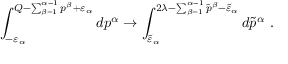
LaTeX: \int _ { - \varepsilon _ { \alpha } } ^ { Q - \sum _ { \beta = 1 } ^ { \alpha - 1 } p ^ { \beta } + \varepsilon _ { \alpha } } d p ^ { \alpha } \to \int _ { \tilde { \varepsilon } _ { \alpha } } ^ { 2 \lambda - \sum _ { \beta = 1 } ^ { \alpha - 1 } \tilde { p } ^ { \beta } - \tilde { \varepsilon } _ { \alpha } } d \tilde { p } ^ { \alpha } \ .